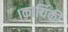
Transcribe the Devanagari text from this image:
।कार्यिकी